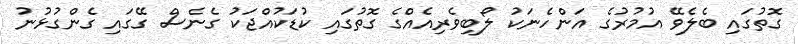
ގޮތުގައި ބެލެވޭ އުމުރުގެ އަންހެނަކު ލޯބިވެރިއެއްގެ ގޮތުގައި ކުޑަކުއްޖަކު ގެނެސް ގޭގައި ގެންގުޅުނު